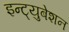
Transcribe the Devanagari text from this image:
इन्ट्युबेशन